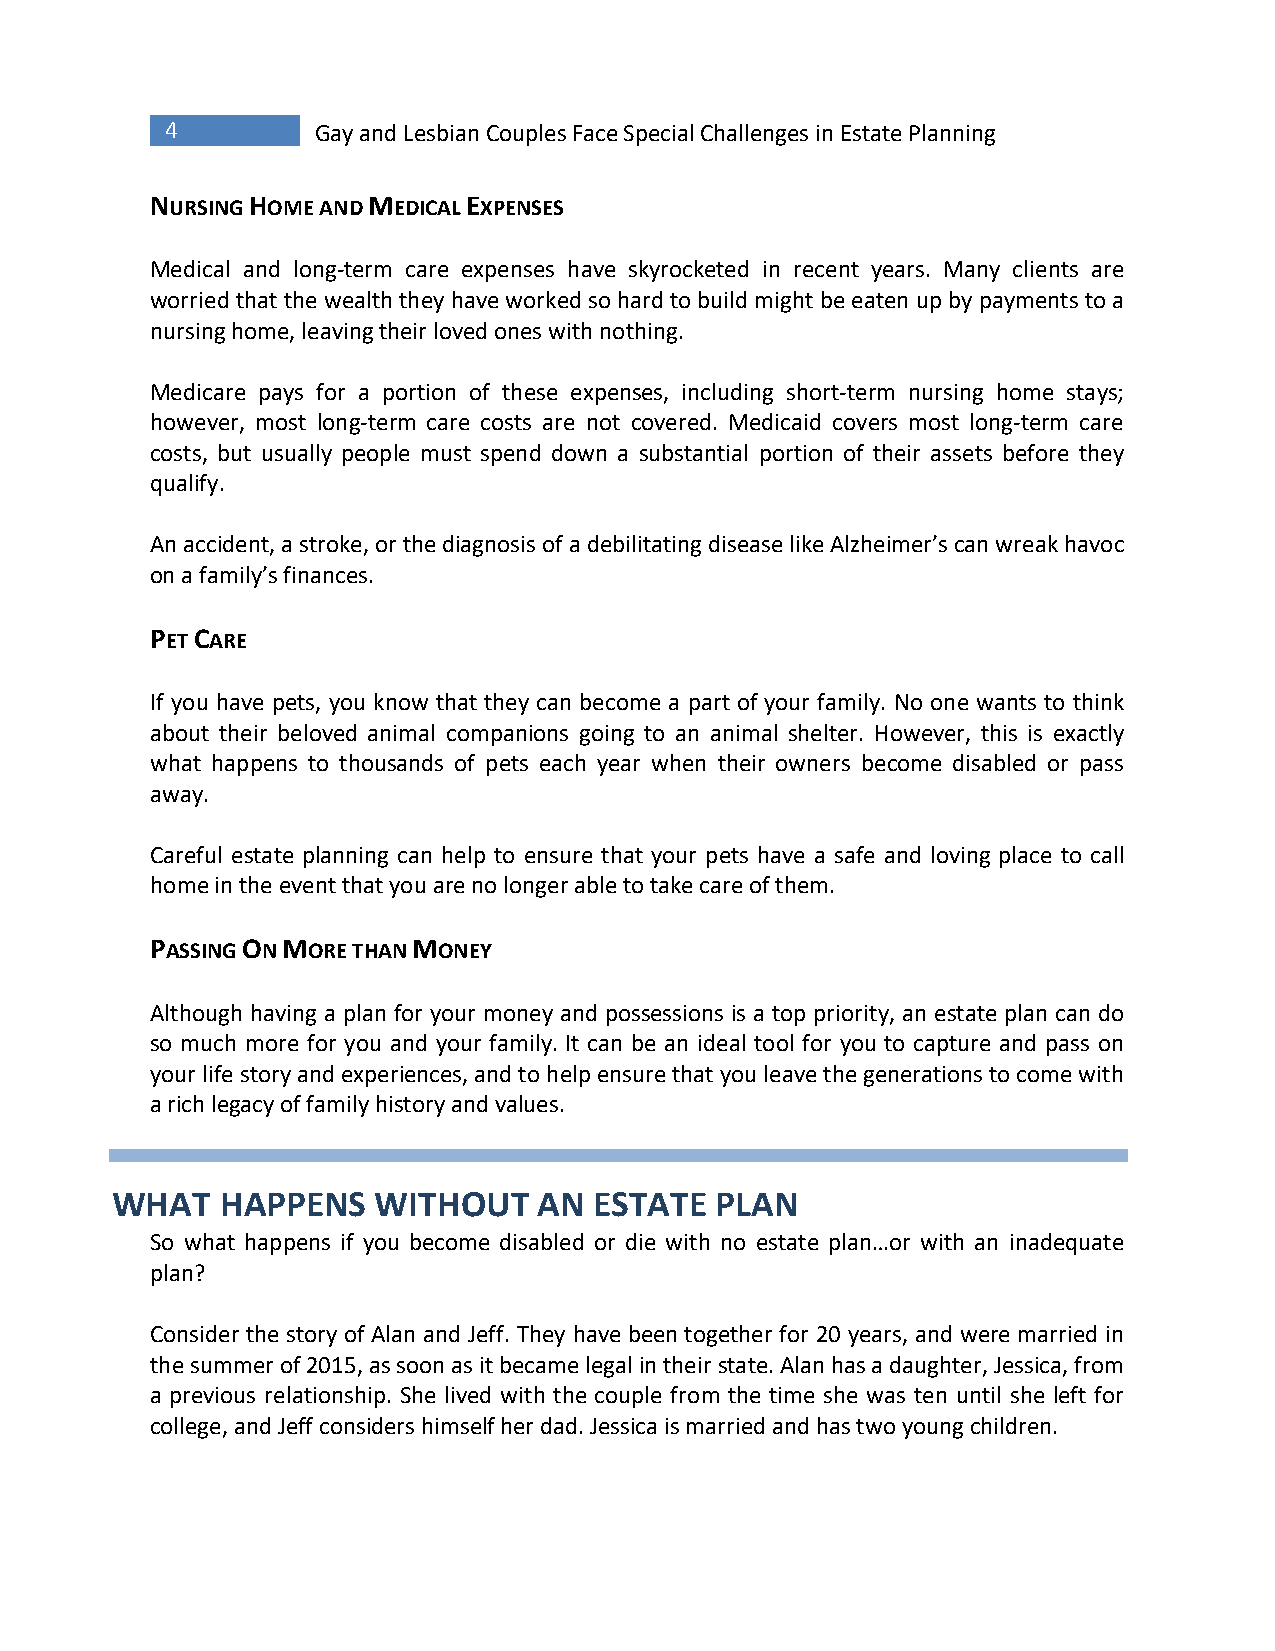
4         Gay and Lesbian Couples Face Special Challenges in Estate Planning
 NURSING HOME AND MEDICAL EXPENSES
 Medical and long-term care expenses have skyrocketed in recent years. Many clients are
 worried that the wealth they have worked so hard to build might be eaten up by payments to a
 nursing home, leaving their loved ones with nothing.
 Medicare pays for a portion of these expenses, including short-term nursing home stays;
 however, most long-term care costs are not covered. Medicaid covers most long-term care
 costs, but usually people must spend down a substantial portion of their assets before they
 qualify.
 An accident, a stroke, or the diagnosis of a debilitating disease like Alzheimer’s can wreak havoc
 on a family’s finances.
 PET CARE
 If you have pets, you know that they can become a part of your family. No one wants to think
 about their beloved animal companions going to an animal shelter. However, this is exactly
 what happens to thousands of pets each year when their owners become disabled or pass
 away.
 Careful estate planning can help to ensure that your pets have a safe and loving place to call
 home in the event that you are no longer able to take care of them.
 PASSING ON MORE THAN MONEY
 Although having a plan for your money and possessions is a top priority, an estate plan can do
 so much more for you and your family. It can be an ideal tool for you to capture and pass on
 your life story and experiences, and to help ensure that you leave the generations to come with
 a rich legacy of family history and values.
 WHAT    HAPPENS   WITHOUT    AN ESTATE  PLAN
 So what happens if you become disabled or die with no estate plan…or with an inadequate
 plan?
 Consider the story of Alan and Jeff. They have been together for 20 years, and were married in
 the summer of 2015, as soon as it became legal in their state. Alan has a daughter, Jessica, from
 a previous relationship. She lived with the couple from the time she was ten until she left for
 college, and Jeff considers himself her dad. Jessica is married and has two young children.